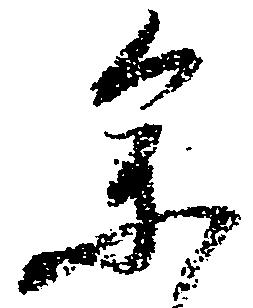
参